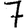
Digit: 7